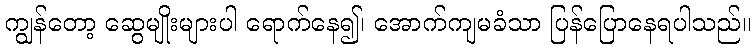
ကျွန်တော့ ဆွေမျိုးများပါ ရောက်နေ၍၊ အောက်ကျမခံသာ ပြန်ပြောနေရပါသည်။